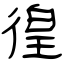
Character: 徨